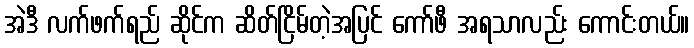
အဲဒီ လက်ဖက်ရည် ဆိုင်က ဆိတ်ငြိမ်တဲ့အပြင် ကော်ဖီ အရသာလည်း ကောင်းတယ်။